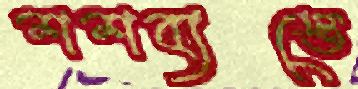
শশব্যস্তে